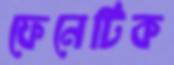
ফেনেটিক